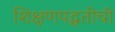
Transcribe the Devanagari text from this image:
शिक्षणपद्धतीची